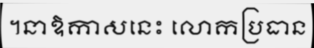
។នាឱកាសនេះ លោកប្រធាន